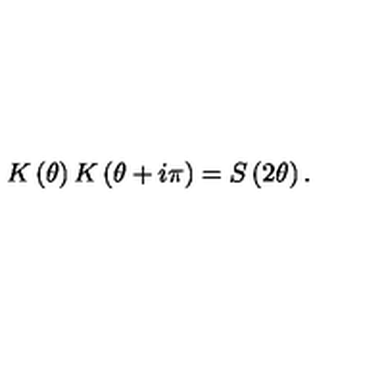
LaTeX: K \left( \theta \right) K \left( \theta + i \pi \right) = S \left( 2 \theta \right) .